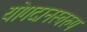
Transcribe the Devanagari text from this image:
योगदानस्वरुप